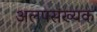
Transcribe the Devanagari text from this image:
अलपसंख्यक